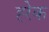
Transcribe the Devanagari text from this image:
ह्‍रेक